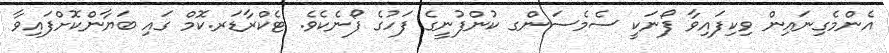
އެންމެގިނައިން ވިކިފައިވާ ފޯނަކީ ސެމެސަންގ ކުންފުނީގެ ފަހުގެ ފޯނެކެވެ. ޓެކްރާޑަރ.ކޮމް ގައި ބަޔާންކޮށްފައިވާ